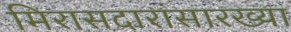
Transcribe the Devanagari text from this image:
मिरासदारांसारख्या